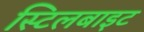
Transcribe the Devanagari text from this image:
स्टिलबाइट